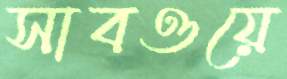
সাবওয়ে